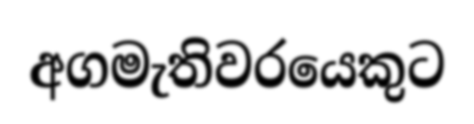
අගමැතිවරයෙකුට